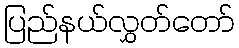
ပြည်နယ်လွှတ်တော်